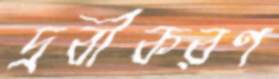
দ্রবীকরণ